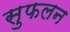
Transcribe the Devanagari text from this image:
सुफलन